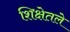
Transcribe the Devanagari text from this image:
शिक्षेतले